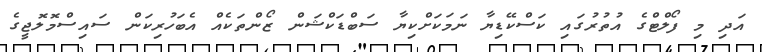
އަދި މި ފޯލްޓްގެ އުތުރުގައި ކަސްކޭޑިޔާ ނަމަކަށްކިޔާ ސަބްޑަކްޝަން ޒޯންތަކެއް އެބަހުރިކަން ސައިސްމޮލޮޖީގެ